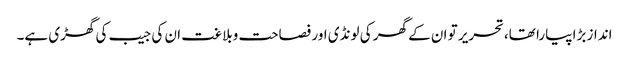
انداز بڑا پیارا تھا،تحریر تو ان کے گھر کی لونڈی اور فصاحت وبلاغت ان کی جیب کی گھڑی ہے۔